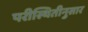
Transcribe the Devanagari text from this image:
परीस्थितीनुसार